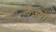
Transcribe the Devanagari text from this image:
लेज़्यों